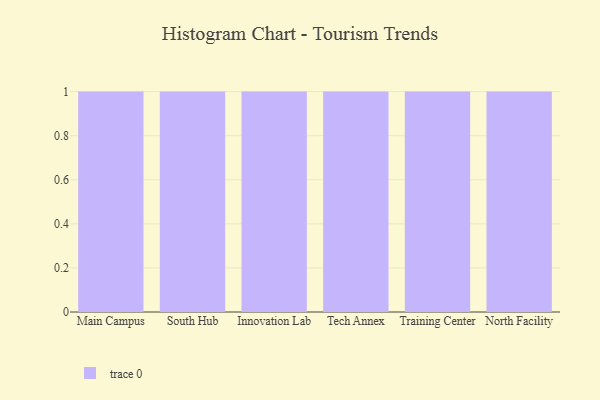
{"axis": {"x": "Campus", "y": "Page Views"}, "legend": [""], "data": [{"x": "Main Campus", "y": 94, "type": ""}, {"x": "South Hub", "y": 42, "type": ""}, {"x": "Innovation Lab", "y": 90, "type": ""}, {"x": "Tech Annex", "y": 68, "type": ""}, {"x": "Training Center", "y": 48, "type": ""}, {"x": "North Facility", "y": 99, "type": ""}]}